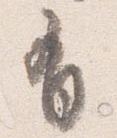
有